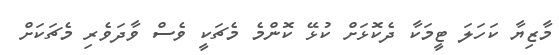
މާޒިޔާ ކަހަލަ ޓީމަކާ ދެކޮޅަށް ކުޅޭ ކޮންމެ މެޗަކީ ވެސް ވާދަވެރި މެޗަކަށް